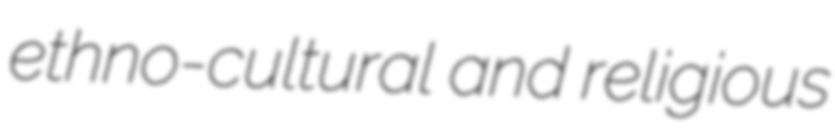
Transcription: ethno-cultural and religious